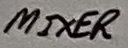
Text: MIXER